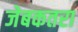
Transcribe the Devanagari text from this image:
जेबकतरा